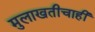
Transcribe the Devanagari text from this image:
मुलाखतीचाही